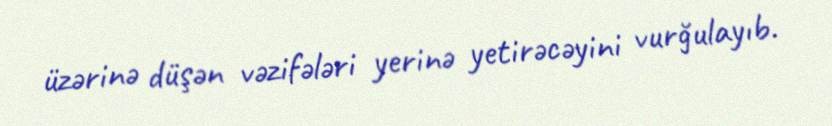
üzərinə düşən vəzifələri yerinə yetirəcəyini vurğulayıb.